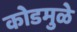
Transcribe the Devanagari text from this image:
कोडमुळे